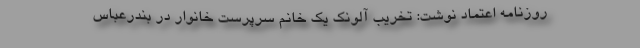
روزنامه اعتماد نوشت: تخریب آلونک یک خانم سرپرست خانوار در بندرعباس